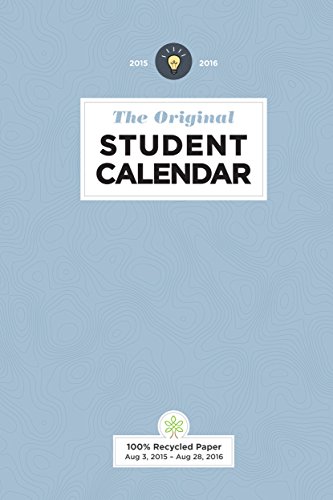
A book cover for The Original Student Calendar 2015-2016; Self-Help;